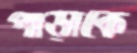
পাড়াকে